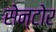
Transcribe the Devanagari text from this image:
सेन्टोर